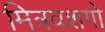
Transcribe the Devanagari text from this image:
मित्रवशगो